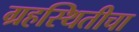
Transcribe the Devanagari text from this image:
ग्रहस्थितीचा